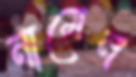
নামেন